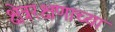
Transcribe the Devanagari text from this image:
क्षेत्ररक्षणाच्या